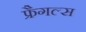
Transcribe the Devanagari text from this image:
फ्रैगल्स